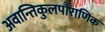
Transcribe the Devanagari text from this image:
अवान्तिकुलपौराणिक